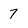
Character: 7